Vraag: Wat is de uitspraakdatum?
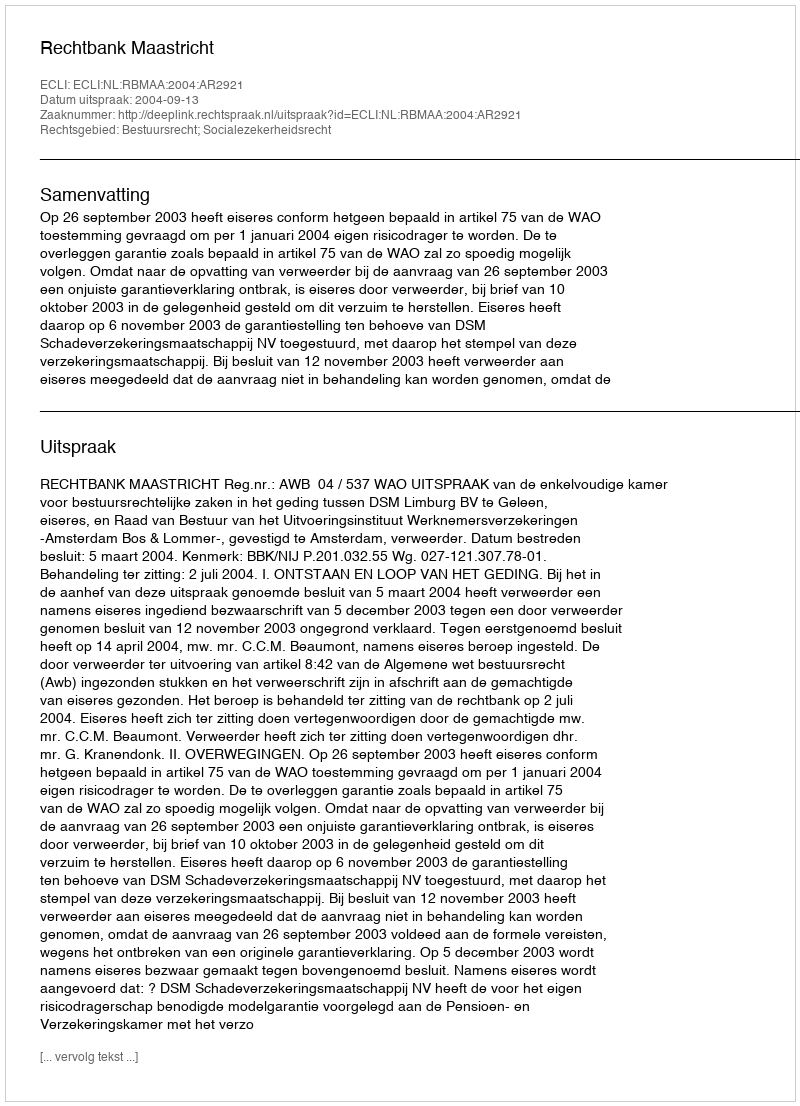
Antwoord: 2004-09-13